Reports on military cantonments and civil stations in the Presidency of Bombay inspected by the Sanitary Commissioner in the years 1875 and 1876
Year: 1875
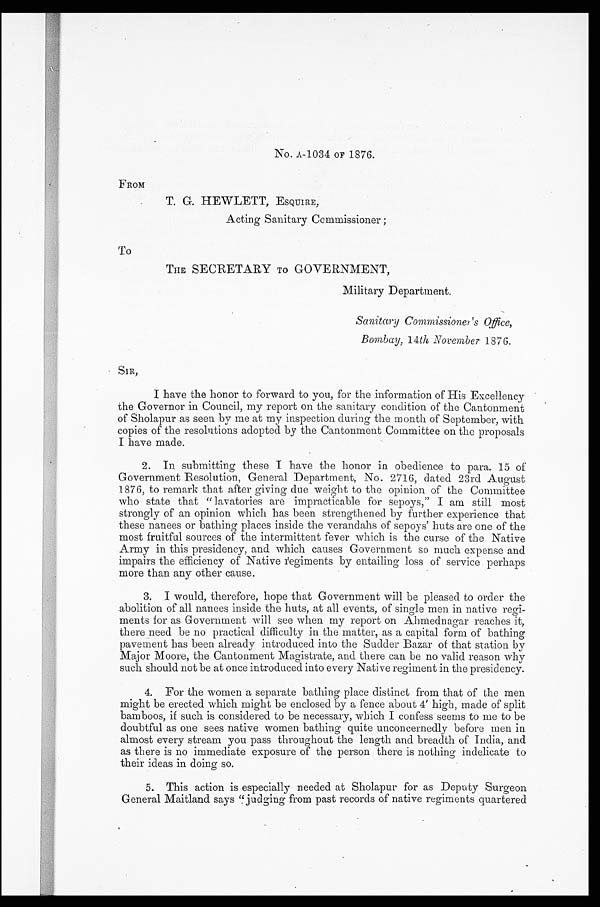
No. A-1034 OF 1876.
FROM
T. G. HEWLETT, ESQUIRE,
Acting Sanitary Commissioner;
To
THE SECRETARY TO GOVERNMENT,
Military Department.
Sanitary Commissioner's Office,
Bombay, 14th November 1876.
SIR,
I have the honor to forward to you, for the information of His Excellency
the Governor in Council, my report on the sanitary condition of the Cantonment
of Sholapur as seen by me at my inspection during the month of September, with
copies of the resolutions adopted by the Cantonment Committee on the proposals
I have made.
2. In submitting these I have the honor in obedience to para. 15 of
Government Resolution, General Department, No. 2716, dated 23rd August
1876, to remark that after giving due weight to the opinion of the Committee
who state that "lavatories are impracticable for sepoys," I am still most
strongly of an opinion which has been strengthened by further experience that
these nanees or bathing places inside the verandahs of sepoys' huts are one of the
most fruitful sources of the intermittent fever which is the curse of the Native
Army in this presidency, and which causes Government so much expense and
impairs the efficiency of Native regiments by entailing loss of service perhaps
more than any other cause.
3. I would, therefore, hope that Government will be pleased to order the
abolition of all nanees inside the huts, at all events, of single men in native regi-
ments for as Government will see when my report on Ahmednagar reaches it,
there need be no practical difficulty in the matter, as a capital form of bathing
pavement has been already introduced into the Sudder Bazar of that station by
Major Moore, the Cantonment Magistrate, and there can be no valid reason why
such should not be at once introduced into every Native regiment in the presidency.
4. For the women a separate bathing place distinct from that of the men
might be erected which might be enclosed by a fence about 4' high, made of split
bamboos, if such is considered to be necessary, which I confess seems to me to be
doubtful as one sees native women bathing quite unconcernedly before men in
almost every stream you pass throughout the length and breadth of India, and
as there is no immediate exposure of the person there is nothing indelicate to
their ideas in doing so.
5. This action is especially needed at Sholapur for as Deputy Surgeon
General Maitland says "judging from past records of native regiments quartered